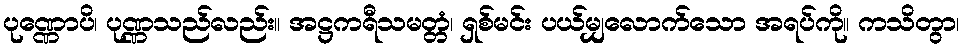
ပုဏ္ဏောပိ၊ ပုဏ္ဏသည်လည်း။ အဋ္ဌကရီသမတ္တံ၊ ရှစ်မင်း ပယ်မျှလောက်သော အရပ်ကို။ ကသိတွာ၊